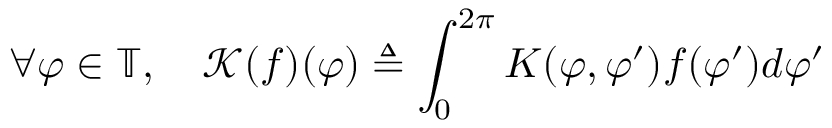
\forall \varphi \in \mathbb { T } , \quad \mathcal { K } ( f ) ( \varphi ) \triangleq \int _ { 0 } ^ { 2 \pi } K ( \varphi , \varphi ^ { \prime } ) f ( \varphi ^ { \prime } ) d \varphi ^ { \prime }